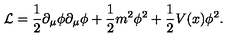
{ \cal L } = \frac { 1 } { 2 } \partial _ { \mu } \phi \partial _ { \mu } \phi + \frac { 1 } { 2 } m ^ { 2 } \phi ^ { 2 } + \frac { 1 } { 2 } V ( x ) \phi ^ { 2 } .